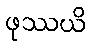
ဖုဿယိ